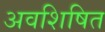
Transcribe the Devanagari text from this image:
अवशिषित